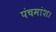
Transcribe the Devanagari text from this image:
पंचमांश।